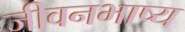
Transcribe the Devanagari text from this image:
जीवनभाष्य